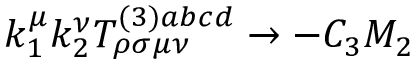
k _ { 1 } ^ { \mu } k _ { 2 } ^ { \nu } T _ { \rho \sigma \mu \nu } ^ { ( 3 ) a b c d } \rightarrow - C _ { 3 } M _ { 2 }